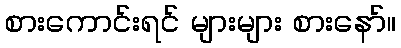
စားကောင်းရင် များများ စားနော်။